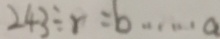
2 4 3 \div r = b \cdots a